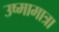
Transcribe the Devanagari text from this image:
उष्मामात्रा